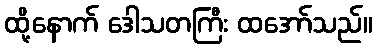
ထို့နောက် ဒေါသတကြီး ထအော်သည်။